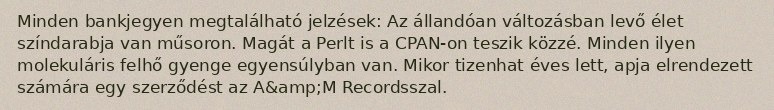
Minden bankjegyen megtalálható jelzések: Az állandóan változásban levő élet színdarabja van műsoron. Magát a Perlt is a CPAN-on teszik közzé. Minden ilyen molekuláris felhő gyenge egyensúlyban van. Mikor tizenhat éves lett, apja elrendezett számára egy szerződést az A&amp;M Recordsszal.